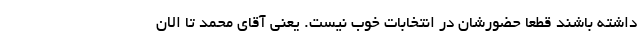
داشته باشند قطعا حضورشان در انتخابات خوب نیست. یعنی آقای محمد تا الان